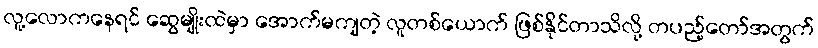
လူ့လောကနေရင် ဆွေမျိုးထဲမှာ အောက်မကျတဲ့ လူတစ်ယောက် ဖြစ်နိုင်တာသိလို့ တပည့်တော်အတွက်